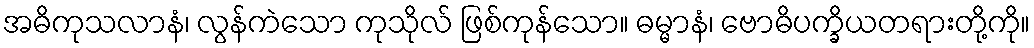
အဓိကုသလာနံ၊ လွန်ကဲသော ကုသိုလ် ဖြစ်ကုန်သော။ ဓမ္မာနံ၊ ဗောဓိပက္ခိယတရားတို့ကို။